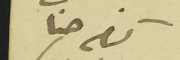
حنا